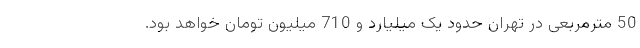
50 مترمربعی در تهران حدود یک میلیارد و 710 میلیون تومان خواهد بود.